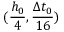
( \frac { h _ { 0 } } { 4 } , \frac { \Delta t _ { 0 } } { 1 6 } )